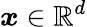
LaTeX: \boldsymbol{x}\in\mathbb{R}^{d}